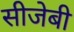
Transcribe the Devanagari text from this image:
सीजेबी